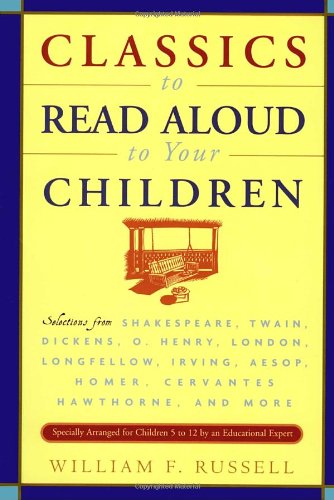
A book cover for Classics to Read Aloud to Your Children: Selections from Shakespeare, Twain, Dickens, O.Henry, London, Longfellow, Irving Aesop, Homer, Cervantes, Hawthorne, and More; William F. Russell; Teen & Young Adult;